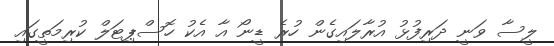
ލީސާ ވަނީ ދަރިފުޅު އުރާލައިގެން ހުރެ ޑީނޯ އާ އެކު ހޮސްޕިޓަލް ކުރިމަތީގައި